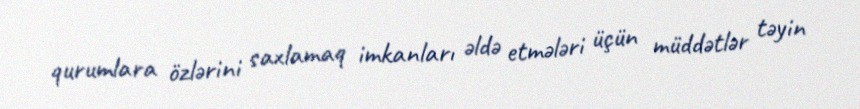
qurumlara özlərini saxlamaq imkanları əldə etmələri üçün müddətlər təyin